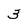
Character: 3